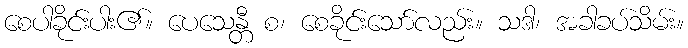
စေပါခိုင်းပါး၏။ ပေသေန္တီ စ၊ စေခိုင်းသော်လည်း။ သဒါ၊ အခါခပ်သိမ်း။